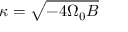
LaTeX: \kappa = { \sqrt { - 4 \Omega _ { 0 } B } }